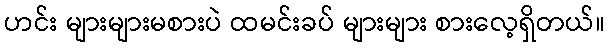
ဟင်း များများမစားပဲ ထမင်းခပ် များများ စားလေ့ရှိတယ်။